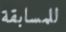
للمسابقة